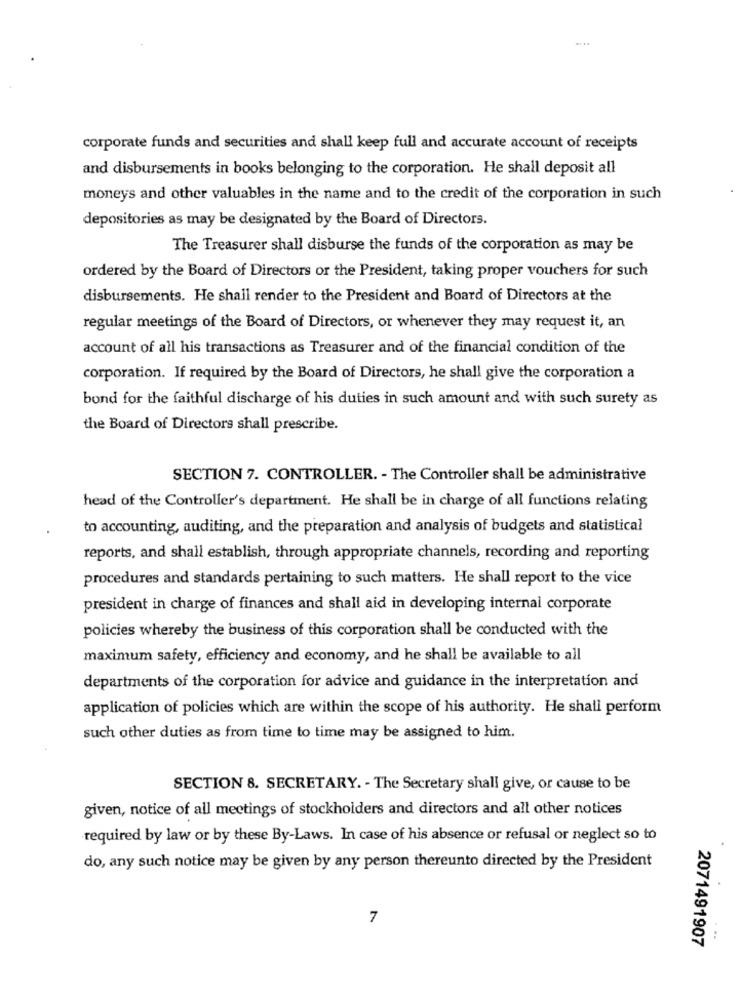
corporate funds and securities and shall keep full and accurate account of receipts
and disbursements in books belonging to the corporation. He shall deposit all
moneys and other valuables in the name and to the credit of the corporation in such
depositories as may be designated by the Board of Directors.
The Treasurer shall disburse the funds of the corporation as may be
ordered by the Board of Directors or the President, taking proper vouchers for such
disbursements. He shall render to the President and Board of Directors at the
regular meetings of the Board of Directors, or whenever they may request it, an
account of all his transactions as Treasurer and of the financial condition of the
corporation. If required by the Board of Directors, he shall give the corporation a
bond for the faithful discharge of his duties in such amount and with such surety as
the Board of Directors shall prescribe.
SECTION 7. CONTROLLER. - The Controller shall be administrative
head of the Controller's department. He shall be in charge of all functions relating
to accounting, auditing, and the preparation and analysis of budgets and statistical
reports, and shall establish, through appropriate channels, recording and reporting
procedures and standards pertaining to such matters. He shall report to the vice
president in charge of finances and shall aid in developing internal corporate
policies whereby the business of this corporation shall be conducted with the
maximum safety, efficiency and economy, and he shall be available to all
departments of the corporation for advice and guidance in the interpretation and
application of policies which are within the scope of his authority. He shall perform
such other duties as from time to time may be assigned to him.
SECTION 8. SECRETARY. - The Secretary shall give, or cause to be
given, notice of all meetings of stockholders and directors and all other notices
required by law or by these By-Laws. In case of his absence or refusal or neglect so to
do, any such notice may be given by any person thereunto directed by the President
7
2071491907